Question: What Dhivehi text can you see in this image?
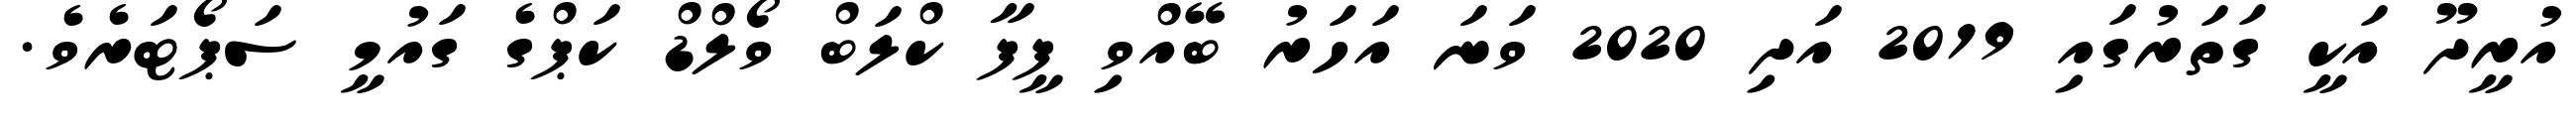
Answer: އުރީދޫ އަކީ ގަތަރުގައި 2019 އަދި 2020 ވަނަ އަހަރު ބޭއްވި ފީފާ ކްލަބް ވޯލްޑް ކަޕްގެ ގައުމީ ސަޕޯޓަރެވެ.